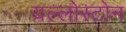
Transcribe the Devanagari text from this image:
यल्लोस्टोन